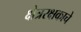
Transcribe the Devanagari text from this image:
क्षेत्ररक्षकाचे